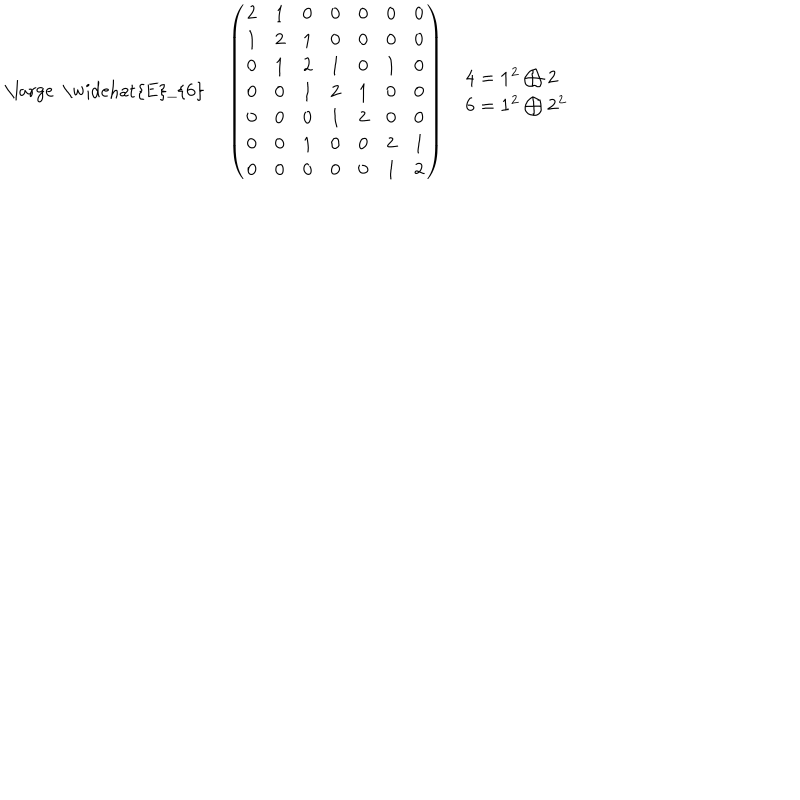
\begin{array} { c c c } { { { \mathrm { \large ~ \widehat { E } _ { 6 } ~ } } } } & { { \left( \begin{array} { c c c c c c c } { { 2 } } & { { 1 } } & { { 0 } } & { { 0 } } & { { 0 } } & { { 0 } } & { { 0 } } \\ { { 1 } } & { { 2 } } & { { 1 } } & { { 0 } } & { { 0 } } & { { 0 } } & { { 0 } } \\ { { 0 } } & { { 1 } } & { { 2 } } & { { 1 } } & { { 0 } } & { { 1 } } & { { 0 } } \\ { { 0 } } & { { 0 } } & { { 1 } } & { { 2 } } & { { 1 } } & { { 0 } } & { { 0 } } \\ { { 0 } } & { { 0 } } & { { 0 } } & { { 1 } } & { { 2 } } & { { 0 } } & { { 0 } } \\ { { 0 } } & { { 0 } } & { { 1 } } & { { 0 } } & { { 0 } } & { { 2 } } & { { 1 } } \\ { { 0 } } & { { 0 } } & { { 0 } } & { { 0 } } & { { 0 } } & { { 1 } } & { { 2 } } \\ \end{array} \right) } } & { { \begin{array} { l } { { { \bf 4 } = { \bf 1 ^ { 2 } } \bigoplus { \bf 2 } } } \\ { { { \bf 6 } = { \bf 1 ^ { 2 } } \bigoplus { \bf 2 ^ { 2 } } } } \\ \end{array} } } \\ \end{array}